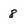
Character: 8